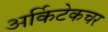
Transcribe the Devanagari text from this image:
अर्किटेकचर